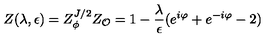
Z ( \lambda , \epsilon ) = Z _ { \phi } ^ { J / 2 } Z _ { \cal O } = 1 - { \frac { \lambda } { \epsilon } } ( e ^ { i \varphi } + e ^ { - i \varphi } - 2 )